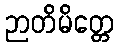
ဉာတိမိတ္တေ